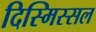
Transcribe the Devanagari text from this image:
दिस्मिस्सल